Plague in India, 1896, 1897 - Volume 2
Year: 1896
Disease focus: Plague
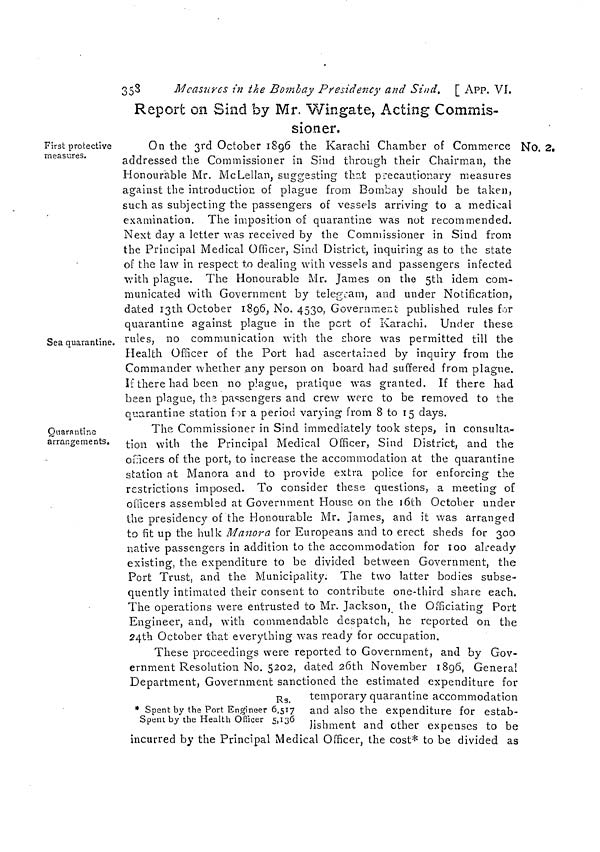
353
Measures in the Bombay Presidency and Sind. [ APP. VI.
Report on Sind by Mr. Wingate, Acting Commis-
sioner.
First protective
measures.
Sea quarantine.
On the 3rd October 1896 the Karachi Chamber of Commerce
addressed the Commissioner in Sind through their Chairman, the
Honourable Mr. McLellan, suggesting that precautionary measures
against the introduction of plague from Bombay should be taken,
such as subjecting the passengers of vessels arriving to a medical
examination. The imposition of quarantine was not recommended.
Next day a letter was received by the Commissioner in Sind front
the Principal Medical Officer, Sind District, inquiring as to the state
of the law in respect to dealing with vessels and passengers infected
with plague. The Honourable Mr. James on the 5th idem com-
municated with Government by telegram, and under Notification,
dated 13th October 1896, No. 4530, Government published rules for
quarantine against plague in the port of Karachi. Under these
rules, no communication with the shore was permitted till the
Health Officer of the Port had ascertained by inquiry from the
Commander whether any person on board had suffered from plague.
If there had been no plague, pratique was granted. If there had
been plague, the passengers and crew were to be removed to the
quarantine station for a period varying from 8 to 15 days.
No. 2.
Quarantine
arrangements.
The Commissioner in Sind immediately took steps, in consulta-
tion with the Principal Medical Officer, Sind District, and the
officers of the port, to increase the accommodation at the quarantine
station at Manora and to provide extra police for enforcing the
restrictions imposed. To consider these questions, a meeting of
officers assembled at Government House on the 10th October under
the presidency of the Honourable Mr. James, and it was arranged
to fit up the hulk Manora for Europeans and to erect sheds for 300
native passengers in addition to the accommodation for 100 already
existing, the expenditure to be divided between Government, the
Port Trust, and the Municipality. The two latter bodies subse-
quently intimated their consent to contribute one-third share each.
The operations were entrusted to Mr. Jackson, the Officiating Port
Engineer, and, with commendable despatch, he reported on the
24th October that everything was ready for occupation.
Rs.
* Spent by the Port Engineer 6,517
Spent by the Health Ofiicer 5,136
These proceedings were reported to Government, and by Gov-
ernment Resolution No. 5202, dated 26th November 1896, General
Department, Government sanctioned the estimated expenditure for
temporary quarantine accommodation
and also the expenditure for estab-
lishment and other expenses to be
incurred by the Principal Medical Officer, the cost* to be divided as